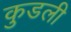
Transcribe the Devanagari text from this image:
कुडली